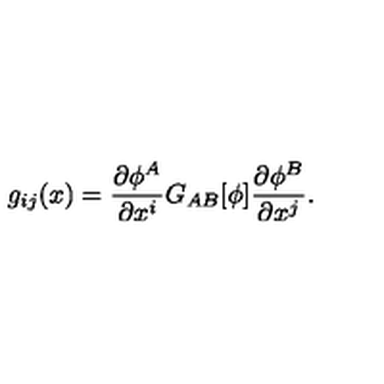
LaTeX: g _ { i j } ( x ) = \frac { \partial \phi ^ { A } } { \partial x ^ { i } } G _ { A B } [ \phi ] \frac { \partial \phi ^ { B } } { \partial x ^ { j } } .